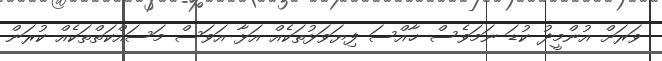
ވަރަށް އުންމީދު ކުޑަ ނަމަވެސް ޚާއްސަ ފިޔަވަޅުތަކެއް އަޅާ އަވަސް މަސައްކަތްތަކެއް ކުރަން